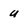
Character: U